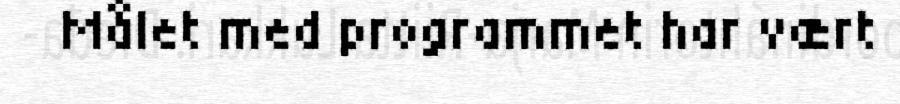
Målet med programmet har vært